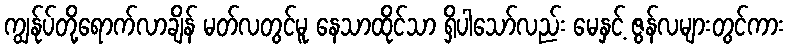
ကျွန်ုပ်တို့ရောက်လာချိန် မတ်လတွင်မူ နေသာထိုင်သာ ရှိပါသော်လည်း မေနှင့် ဇွန်လများတွင်ကား